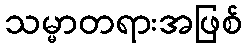
သမ္မာတရားအဖြစ်